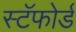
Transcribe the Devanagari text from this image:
स्टॅफोर्ड